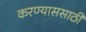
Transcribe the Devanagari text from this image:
करण्याससाठी